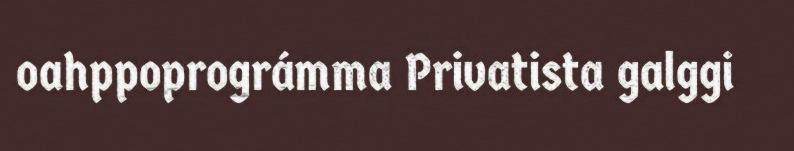
oahppoprográmma Privatista galggi